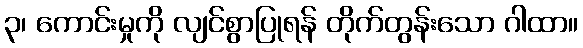
၃၊ ကောင်းမှုကို လျင်စွာပြုရန် တိုက်တွန်းသော ဂါထာ။